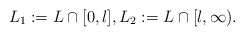
\begin{align*} L_1 := L \cap [0,l], L_2: = L \cap [l,\infty). \end{align*}